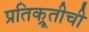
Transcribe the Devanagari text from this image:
प्रतिक्रूतीची